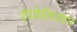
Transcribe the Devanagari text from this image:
हावेलिशहर